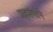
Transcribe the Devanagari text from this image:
महसंघाने